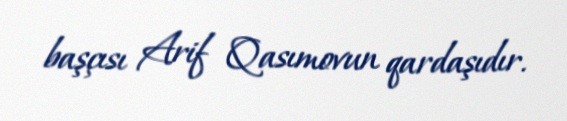
başçısı Arif Qasımovun qardaşıdır.